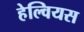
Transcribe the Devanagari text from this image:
हेल्वियस